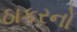
ઠાકરનો